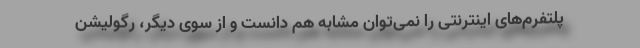
پلتفرم‌های اینترنتی را نمی‌توان مشابه هم دانست و از سوی دیگر، رگولیشن